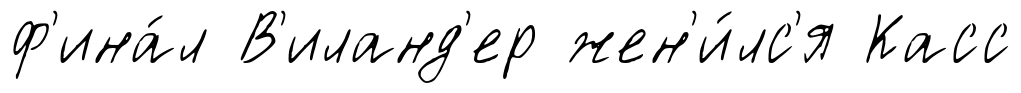
ф'ина́л В'иланд'ер жен'и́лс'я Касс